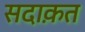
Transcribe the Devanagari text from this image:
सदाक़त